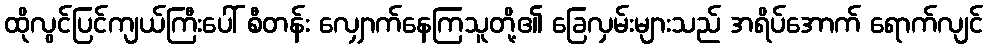
ထိုလွင်ပြင်ကျယ်ကြီးပေါ် စီတန်း လျှောက်နေကြသူတို့၏ ခြေလှမ်းများသည် အရိပ်အောက် ရောက်လျင်